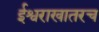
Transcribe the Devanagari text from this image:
ईश्वराखातरच